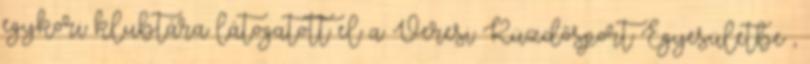
egykori klubtára látogatott el a Veresi Küzdősport Egyesületbe ,